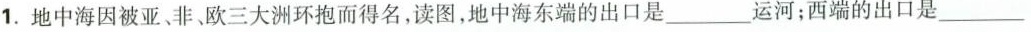
1.地中海因被亚、非欧三大洲环抱而得名，读图，地中海东端的出口是___运河；西端的出口是___